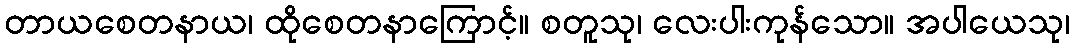
တာယစေတနာယ၊ ထိုစေတနာကြောင့်။ စတူသု၊ လေးပါးကုန်သော။ အပါယေသု၊